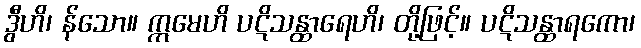
ဒွီဟိ၊ န်သော။ ဣမေဟိ ပဋိသန္ထာရေဟိ၊ တို့ဖြင့်။ ပဋိသန္ထာရကော၊